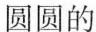
圆圆的